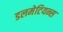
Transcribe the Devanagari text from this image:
डलमेटियन्स